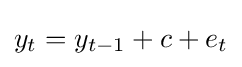
y_{t}=y_{t-1}+c+e_{t}